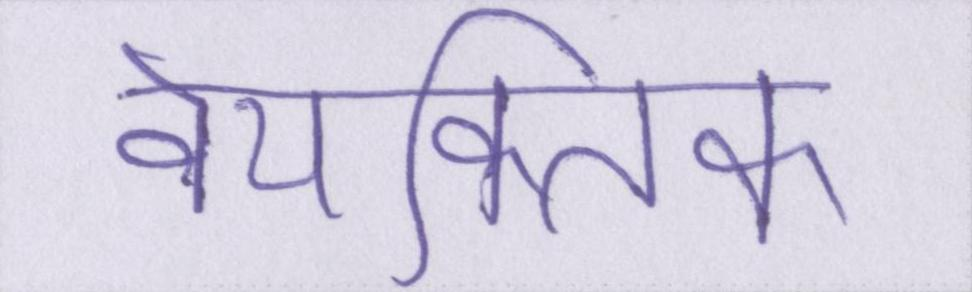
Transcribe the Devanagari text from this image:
वैयक्तिक